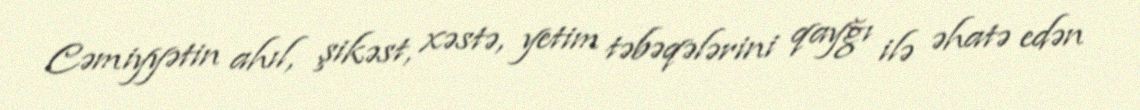
Cəmiyyətin ahıl, şikəst, xəstə, yetim təbəqələrini qayğı ilə əhatə edən